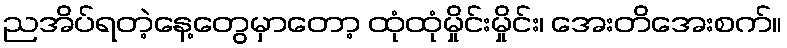
ညအိပ်ရတဲ့နေ့တွေမှာတော့ ထုံထုံမှိုင်းမှိုင်း၊ အေးတိအေးစက်။